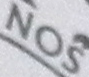
NOS